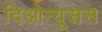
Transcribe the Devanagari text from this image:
दिओन्यूसस